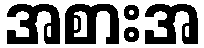
အစားအ